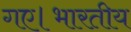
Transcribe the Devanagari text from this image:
गए।भारतीय